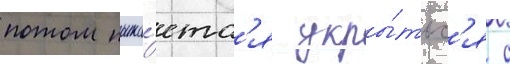
потом пыта́етс'я укры́тьс'я с